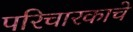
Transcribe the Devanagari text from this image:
परिचारकाचे